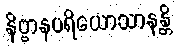
နိဗ္ဗာနပရိယောသာနန္တိ